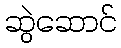
ဆွဲဆောင်